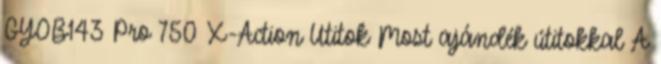
GYOB143 Pro 750 X-Action Utitok Most ajándék útitokkal A